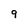
Character: 9